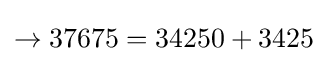
\rightarrow 37675=34250+3425